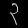
Digit: ၃